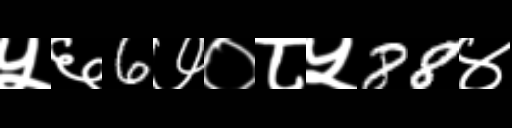
Text: ५६6७०८५88४